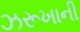
ઝરૂખાની